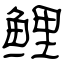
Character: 鲤